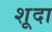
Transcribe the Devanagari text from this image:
शूदा